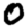
Digit: 0